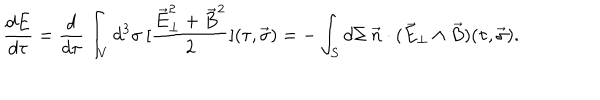
\frac { d E } { d \tau } = \frac { d } { d \tau } \int _ { V } d ^ { 3 } \sigma \: [ \frac { \vec { E } _ { \perp } ^ { 2 } + \vec { B } ^ { 2 } } { 2 } ] ( \tau , \vec { \sigma } ) = - \int _ { S } d \Sigma \: \vec { n } \cdot ( \vec { E } _ { \perp } \wedge \vec { B } ) ( \tau , \vec { \sigma } ) .